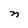
Character: n